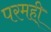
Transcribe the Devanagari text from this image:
परमही्